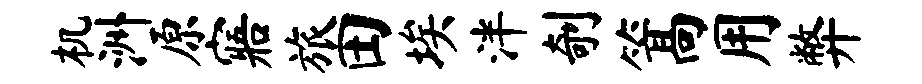
机洲原寤旅田埃泮剞篙用弊